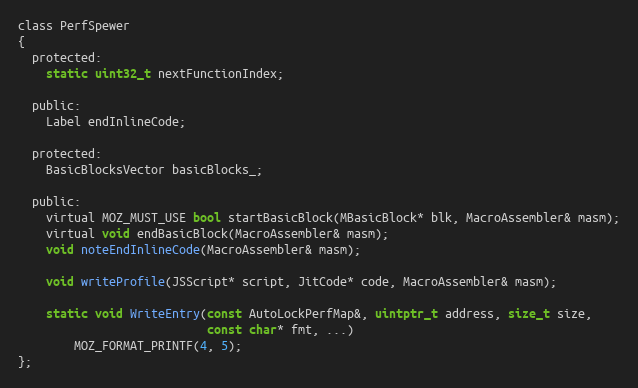
Language: C
class PerfSpewer
{
  protected:
    static uint32_t nextFunctionIndex;

  public:
    Label endInlineCode;

  protected:
    BasicBlocksVector basicBlocks_;

  public:
    virtual MOZ_MUST_USE bool startBasicBlock(MBasicBlock* blk, MacroAssembler& masm);
    virtual void endBasicBlock(MacroAssembler& masm);
    void noteEndInlineCode(MacroAssembler& masm);

    void writeProfile(JSScript* script, JitCode* code, MacroAssembler& masm);

    static void WriteEntry(const AutoLockPerfMap&, uintptr_t address, size_t size,
                           const char* fmt, ...)
        MOZ_FORMAT_PRINTF(4, 5);
};